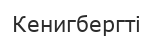
Кенигбергті